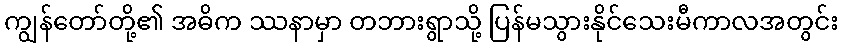
ကျွန်တော်တို့၏ အဓိက ဿနာမှာ တဘားရွာသို့ ပြန်မသွားနိုင်သေးမီကာလအတွင်း